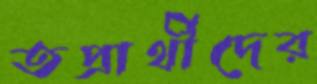
তপ্রার্থীদের